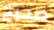
صحيح